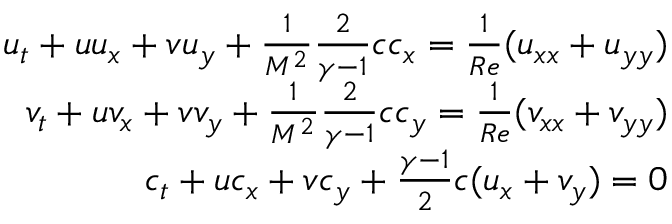
\begin{array} { r } { u _ { t } + u u _ { x } + v u _ { y } + \frac { 1 } { M ^ { 2 } } \frac { 2 } { \gamma - 1 } c c _ { x } = \frac { 1 } { R e } ( u _ { x x } + u _ { y y } ) } \\ { v _ { t } + u v _ { x } + v v _ { y } + \frac { 1 } { M ^ { 2 } } \frac { 2 } { \gamma - 1 } c c _ { y } = \frac { 1 } { R e } ( v _ { x x } + v _ { y y } ) } \\ { c _ { t } + u c _ { x } + v c _ { y } + \frac { \gamma - 1 } { 2 } c ( u _ { x } + v _ { y } ) = 0 } \end{array}